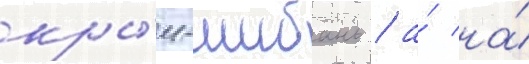
кры́м-шибань / а́ на́